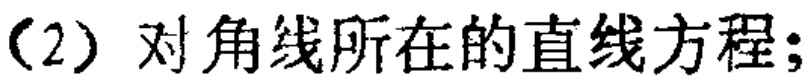
（2）对角线所在的直线方程;